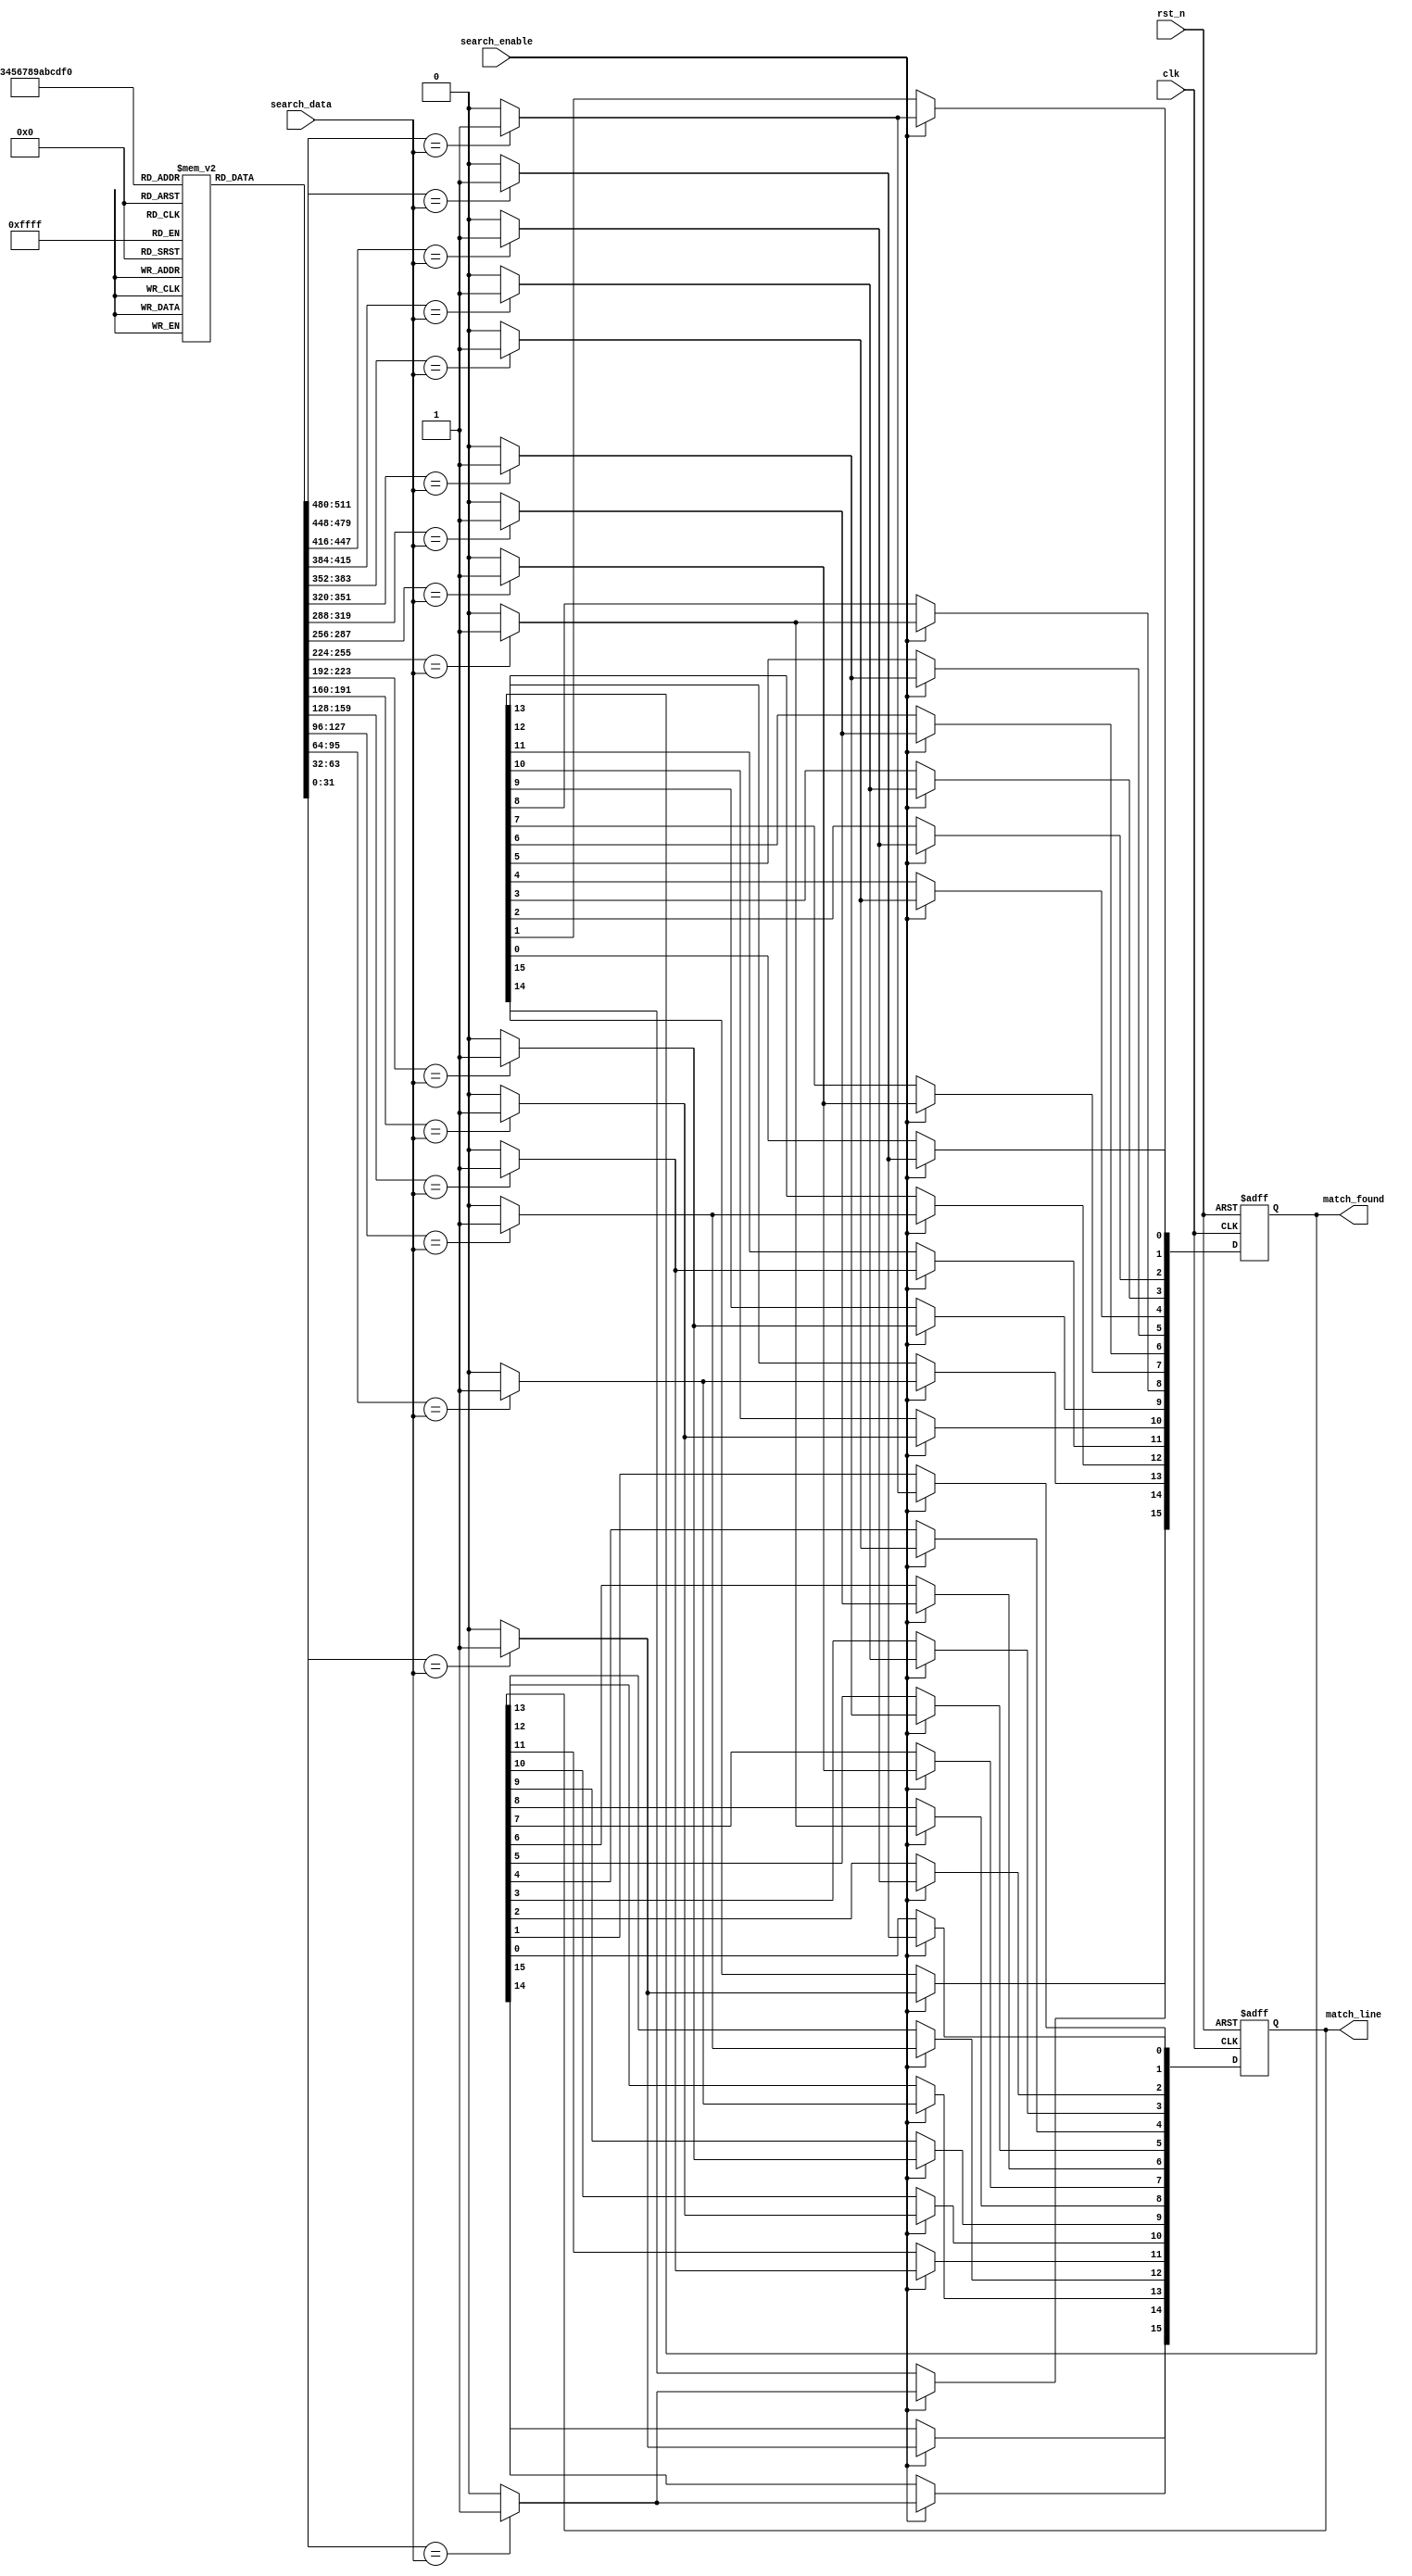
module energy_efficient_cam #(
    parameter DATA_WIDTH = 32,   // Width of data entries
    parameter NUM_ENTRIES = 16    // Number of entries in CAM
) (
    input wire clk,               // Clock signal
    input wire rst_n,             // Active low reset
    input wire [DATA_WIDTH-1:0] search_data, // Data to search
    input wire search_enable,      // Enable signal for search operation
    output reg [NUM_ENTRIES-1:0] match_line, // Match line output
    output reg [NUM_ENTRIES-1:0] match_found    // Indicates which entries matched
);

    // Storage array: 2D array of memory cells (entries)
    reg [DATA_WIDTH-1:0] storage_array [0:NUM_ENTRIES-1];

    // Control logic and search logic
    integer i;
    
    // Initializing the CAM storage array with some values (for simulation purposes)
    initial begin
        // Example initialization (this could be replaced with actual data)
        storage_array[0] = 32'hDEADBEEF;
        storage_array[1] = 32'hBAADF00D;
        storage_array[2] = 32'hFEEDFACE;
        storage_array[3] = 32'hCAFEBABE;
        // Initialize remaining entries as needed
        for (i = 4; i < NUM_ENTRIES; i = i + 1) begin
            storage_array[i] = 32'h00000000; // Unused entries
        end
    end

    // Search operation
    always @(posedge clk or negedge rst_n) begin
        if (!rst_n) begin
            match_line <= 0;
            match_found <= 0;
        end else if (search_enable) begin
            match_line <= 0; // Reset match lines
            match_found <= 0; // Reset found entries
            for (i = 0; i < NUM_ENTRIES; i = i + 1) begin
                if (storage_array[i] == search_data) begin
                    match_line[i] <= 1; // Set match line for matched entry
                    match_found[i] <= 1; // Indicate a match is found
                end
            end
        end
    end

endmodule